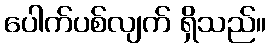
ပေါက်ပစ်လျက် ရှိသည်။